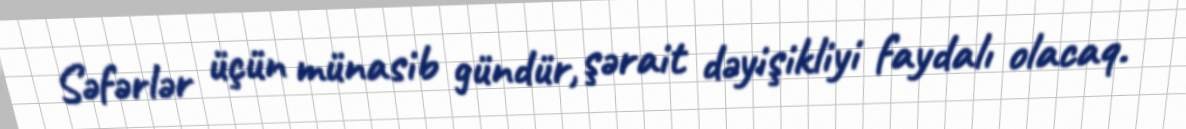
Səfərlər üçün münasib gündür, şərait dəyişikliyi faydalı olacaq.